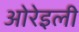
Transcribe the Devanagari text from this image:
ओरेइली